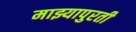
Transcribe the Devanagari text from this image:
माझ्यापुरती